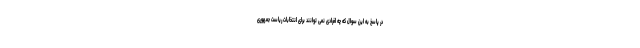
در پاسخ به این سوال که چه افرادی نمی توانند برای انتخابات ریاست جمهوری